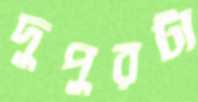
দুপুরটা